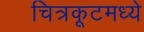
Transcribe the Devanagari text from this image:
चित्रकूटमध्ये